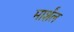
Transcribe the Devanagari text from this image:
मार्शंल